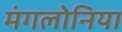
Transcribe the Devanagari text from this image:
मंगलोनिया